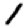
Digit: 1